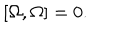
LaTeX: \left[ \Omega , \Omega \right] = 0 .